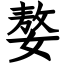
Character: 嫯